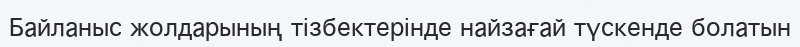
Байланыс жолдарының тізбектерінде найзағай түскенде болатын